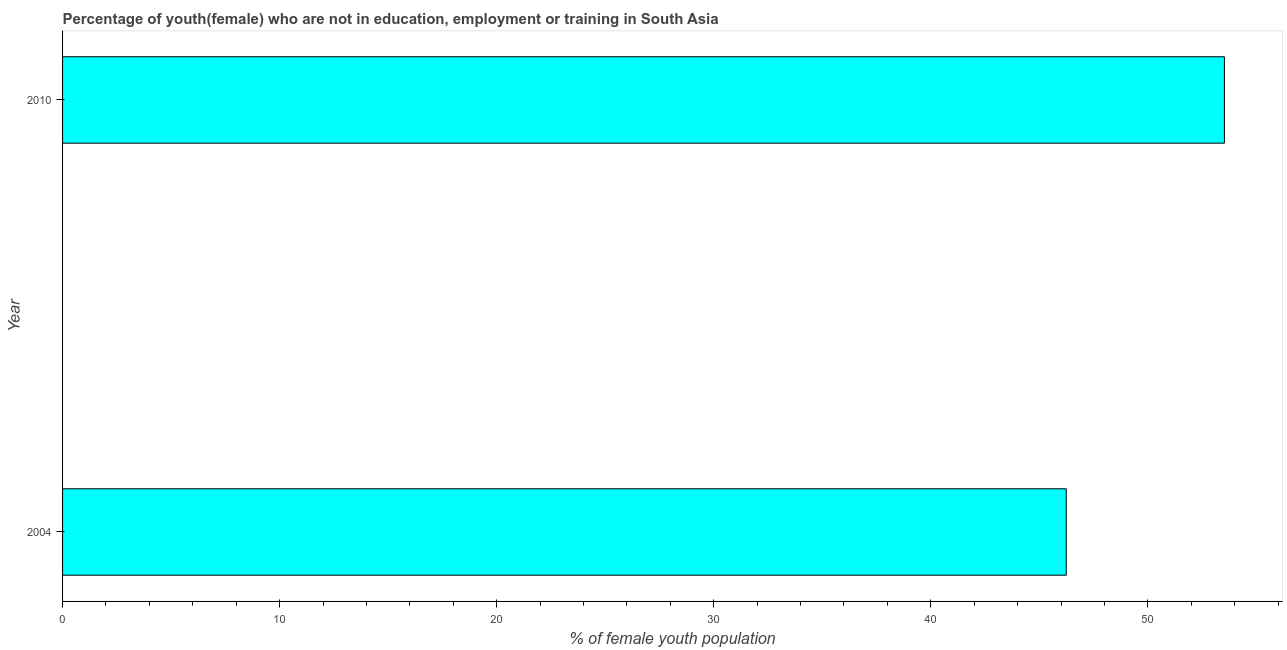
| Year | Unemployed(female) |
 | --- | --- |
 | 2004 | 46.2 |
 | 2010 | 53.5 |